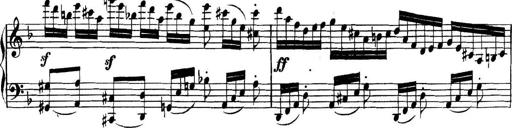
Title: Collected Piano Sonatas
Composer: Muzio Clementi